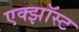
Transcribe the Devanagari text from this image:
एक्झॉस्ट